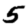
Digit: 5